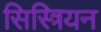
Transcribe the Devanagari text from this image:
सिस्त्रियन